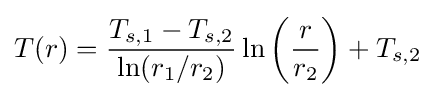
{T(r)={T_{s,1}-T_{s,2} \over {\ln(r_{1}/r_{2})}}\ln \left({r \over r_{2}}\right)+T_{s,2}}